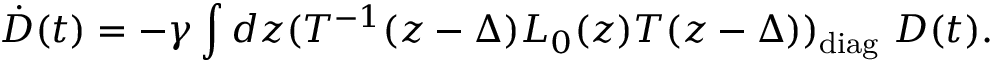
\dot { D } ( t ) = - \gamma \int d z ( T ^ { - 1 } ( z - \Delta ) L _ { 0 } ( z ) T ( z - \Delta ) ) _ { \mathrm { d i a g } } ~ D ( t ) .